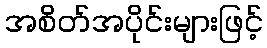
အစိတ်အပိုင်းများဖြင့်